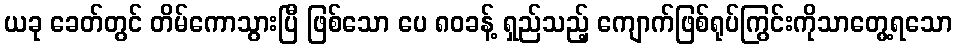
ယခု ခေတ်တွင် တိမ်ကောသွားပြီ ဖြစ်သော ပေ ၈၀ခန့် ရှည်သည့် ကျောက်ဖြစ်ရုပ်ကြွင်းကိုသာတွေ့ရသော